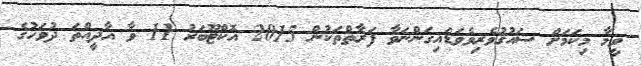
ވީމާ މިކަމަށް ޝައުޤުވެރިވެވަޑައިގަންނަވާ ފަރާތްތަކުން 2015 އޮކްޓޫބަރު 11 ވާ އާދީއްތަ ދުވަހުގެ